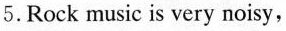
5.Rock music is very noisy,